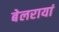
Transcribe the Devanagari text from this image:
बेलरायां